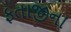
ફતાજીના